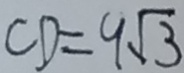
C D = 9 \sqrt { 3 }